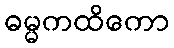
ဓမ္မကထိကော